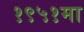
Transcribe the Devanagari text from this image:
१९५१मा